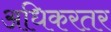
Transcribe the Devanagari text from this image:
अधिकरतर